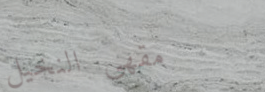
مقهى النخيل